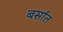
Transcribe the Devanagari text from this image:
बर्सात